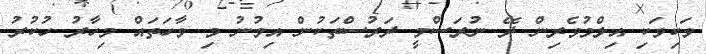
ވަކިވަކި އިލްމުވެރިން ދޭ ނުރަސްމީ ދަރުސްތަކުން އިވުނު މި ވާހަތައް މިހާރު ހުކުރު